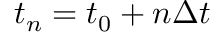
t _ { n } = t _ { 0 } + n \Delta t